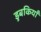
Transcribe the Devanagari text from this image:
डुबकियाँ